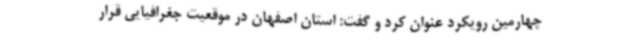
چهارمین رویکرد عنوان کرد و گفت: استان اصفهان در موقعیت جغرافیایی قرار